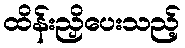
ထိန်းညှိပေးသည့်